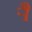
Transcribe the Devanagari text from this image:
र्‍ाै